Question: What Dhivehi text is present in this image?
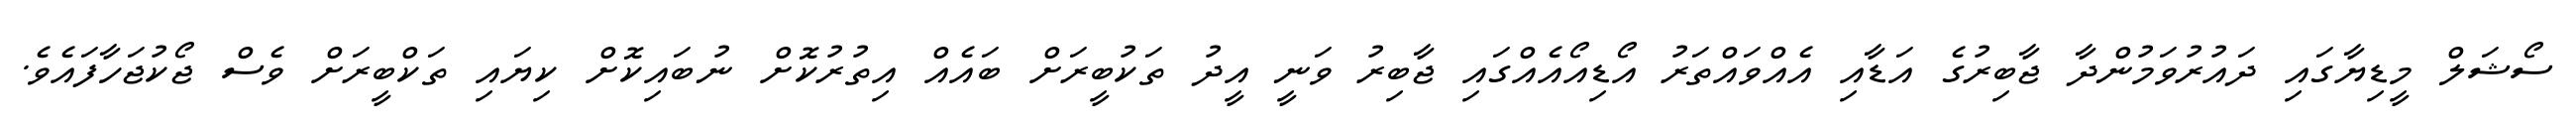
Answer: ސޯޝަލް މީޑިޔާގައި ދައުރުވަމުންދާ ޖާބިރުގެ އަޑާއި އެއްވައްތަރު އޯޑިއޯއެއްގައި ޖާބިރު ވަނީ އީދު ތަކުބީރަށް ބައެއް އިތުރުކޮށް ނުބައިކޮށް ކިޔައި ތަކްބީރަށް ވެސް ޖޯކުޖަހާފައެވެ.